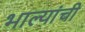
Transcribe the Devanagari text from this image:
भाल्यांची